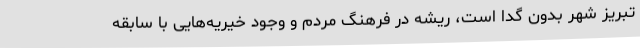
تبریز شهر بدون گدا است، ریشه در فرهنگ مردم و وجود خیریه‌هایی با سابقه